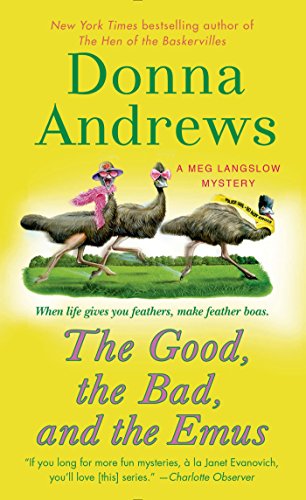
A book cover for The Good, the Bad, and the Emus: A Meg Langslow Mystery (Meg Langslow Mysteries); Donna Andrews; Mystery, Thriller & Suspense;